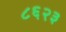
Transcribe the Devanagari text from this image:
८६२३